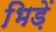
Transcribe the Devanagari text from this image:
भिड़ें